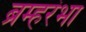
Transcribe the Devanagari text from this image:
ब्रम्हरंभा